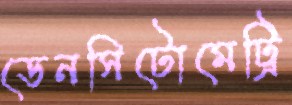
ডেনসিটোমেট্রি